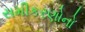
સમીકરણોનો